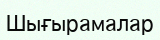
Шығырамалар